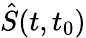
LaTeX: \hat{S}(t,t_{0})